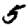
Digit: 5